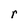
Character: r